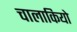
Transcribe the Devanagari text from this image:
चालाकियो